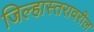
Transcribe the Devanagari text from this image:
जिल्हास्तरावरील